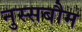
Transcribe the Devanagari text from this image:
नुस्सबौम